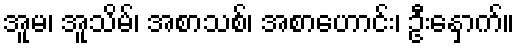
အူမ၊ အူသိမ်၊ အစာသစ်၊ အစာဟောင်း၊ ဦးနှောက်။